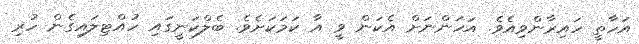
އަހާތީ ހައިރާންވިއެވެ. އަހަންނަށް އެކަން ވީ އާ ކަމަކަށެވެ. ބެލްކަނީގައި ހުއްޓިލައިގެން ހުރި